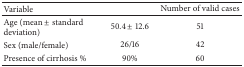
| Variable |  | Number of valid cases |
 | --- | --- | --- |
 | Age (mean ± standard deviation) | 50.4 ± 12.6 | 51 |
 | Sex (male/female) | 26/16 | 42 |
 | Presence of cirrhosis % | 90% | 60 |